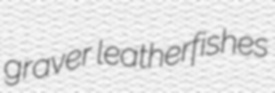
graver leatherfishes